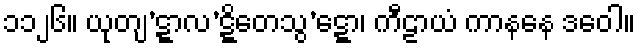
၁၁၂၆။ ယုတျ’ဋ္ဋာလ’ဋ္ဋိတေသွ’ဋ္ဋော၊ ကီဠာယံ ကာနနေ ဒဝေါ။